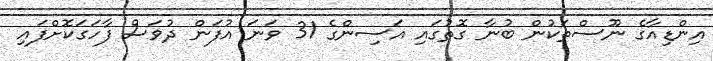
އިންޑިއާގެ ނޫސްތަކުން ބުނާ ގޮތުގައި އަސިންގެ 31 ވަނަ އުފަން ދުވަސް ފާހަގަކޮށްފައި